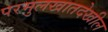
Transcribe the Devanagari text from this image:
परमुलखातदेखील